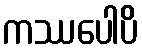
ကဿပေါပိ